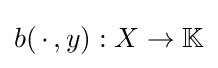
b(\,\cdot \,,y):X\to \mathbb {K}